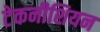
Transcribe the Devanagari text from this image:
टेकनीशियन